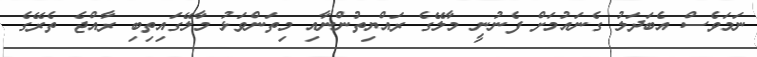
ނަމަވެސް އެބަދަލު ގެނައުމަށް ފެނުނީ މާލޭގެ ރައްޔިތުންނާއި މިތަންވަޅު މާލޭގައިތިބި ރާއްޖެ ތެރޭގެ